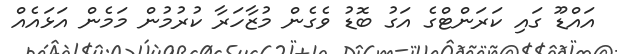
އައްޑޫ ގައި ކަރަންޓްގެ އަގު ބޮޑު ވެގެން މުޒާހަރާ ކުރުމުން މަމެން އަޅައެއް